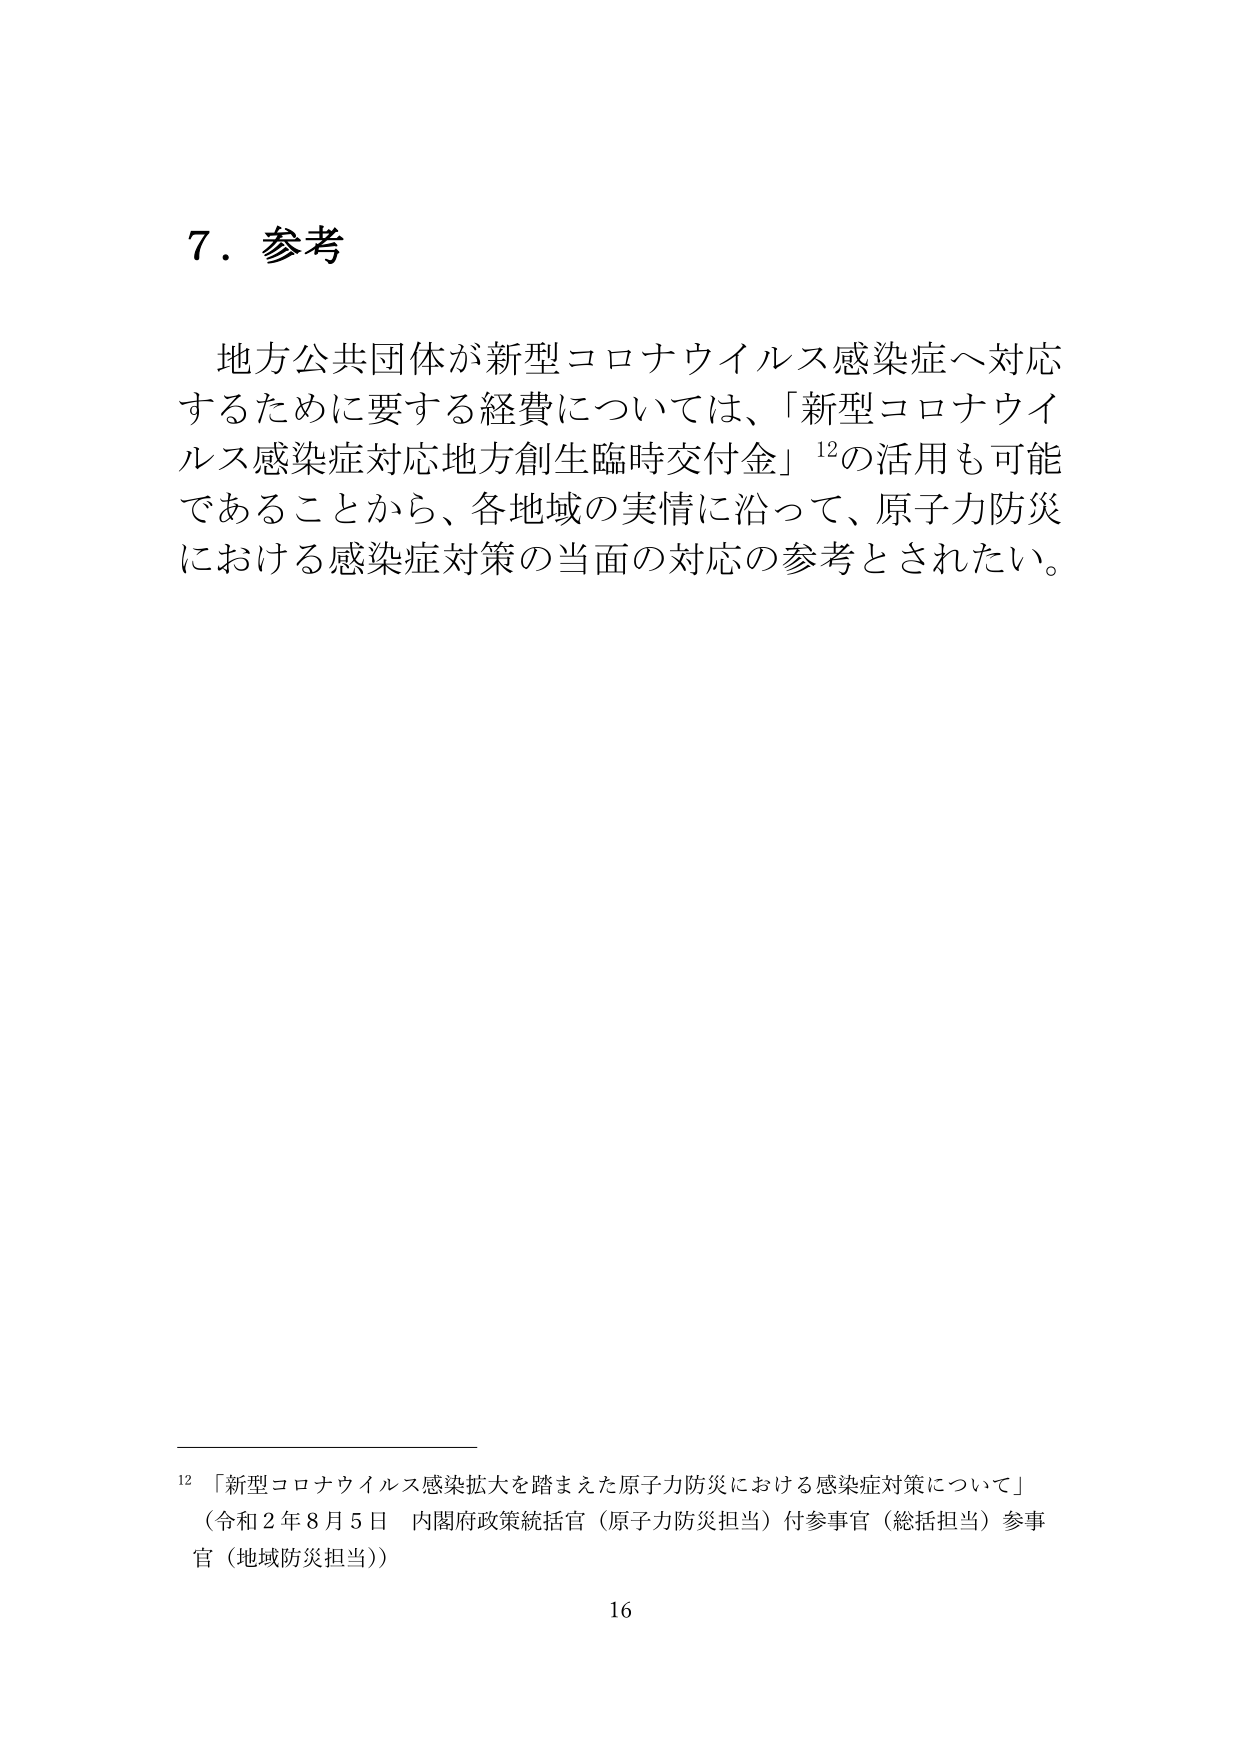
7．参考

地方公共団体が新型コロナウイルス感染症へ対応
するために要する経費については、「新型コロナウイ
ルス感染症対応地方創生臨時交付金」¹²の活用も可能
であることから、各地域の実情に沿って、原子力防災
における感染症対策の当面の対応の参考とされたい。

¹² 「新型コロナウイルス感染拡大を踏まえた原子力防災における感染症対策について」
（令和２年８月５日 内閣府政策統括官（原子力防災担当）付参事官（総括担当）参事
官（地域防災担当））

16